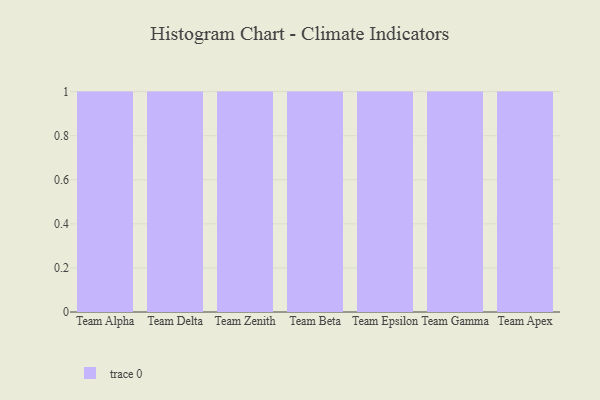
{"axis": {"x": "Team", "y": "Page Views"}, "legend": [""], "data": [{"x": "Team Alpha", "y": 64, "type": ""}, {"x": "Team Delta", "y": 8, "type": ""}, {"x": "Team Zenith", "y": 12, "type": ""}, {"x": "Team Beta", "y": 33, "type": ""}, {"x": "Team Epsilon", "y": 53, "type": ""}, {"x": "Team Gamma", "y": 99, "type": ""}, {"x": "Team Apex", "y": 59, "type": ""}]}